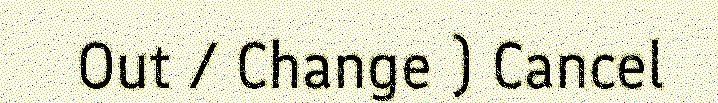
Out / Change ) Cancel